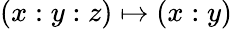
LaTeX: (x:y:z)\mapsto(x:y)